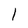
Character: l